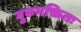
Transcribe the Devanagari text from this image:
गुरुभक्तितः